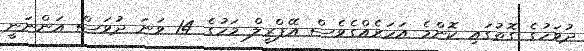
ދުވަހުގެ ގޮތުގައި ކޮންމެ އަހަރެއްގެވެސް އޭޕްރީލް މަހުގެ 14 ވަނަ ދުވަސް އަންނަނީ